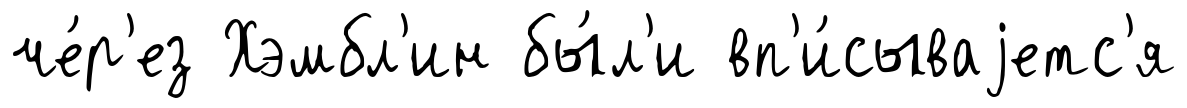
че́р'ез Хэмбл'ин бы́л'и вп'и́сываjетс'я